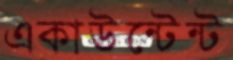
একাউন্টেন্ট